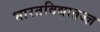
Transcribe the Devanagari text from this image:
भारतविद्यातज्ज्ञ